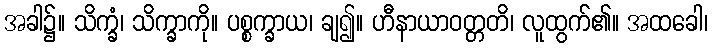
အခါ၌။ သိက္ခံ၊ သိက္ခာကို။ ပစ္စက္ခာယ၊ ချ၍။ ဟီနာယာဝတ္တတိ၊ လူထွက်၏။ အထခေါ၊